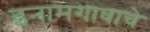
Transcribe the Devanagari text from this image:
इनामगावाचे